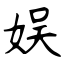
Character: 娱